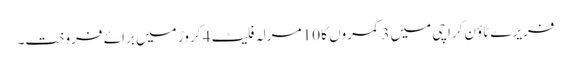
فریرے ٹاؤن کراچی میں 3 کمروں کا 10 مرلہ فلیٹ 4 کروڑ میں برائے فروخت۔